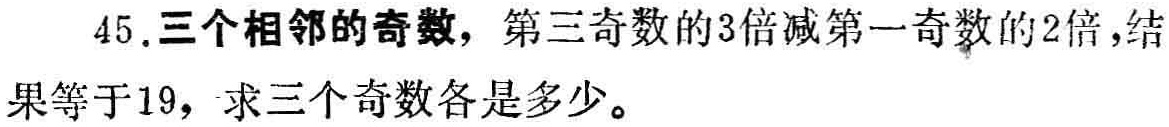
45.三个相邻的奇数，第三奇数的3倍减第一奇数的2倍，结果等于19，求三个奇数各是多少。